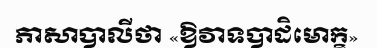
ភាសាបាលីថា «ឱវាទបាដិមោក្ខ»